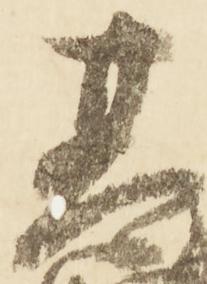
基